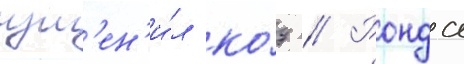
изм'ен'и́л ко́д // Ронда